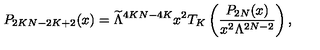
P _ { 2 K N - 2 K + 2 } ( x ) = \widetilde { \Lambda } ^ { 4 K N - 4 K } x ^ { 2 } T _ { K } \left( \frac { P _ { 2 N } ( x ) } { x ^ { 2 } \Lambda ^ { 2 N - 2 } } \right) ,